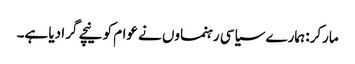
مارکر: ہمارے سیاسی رہنماوں نے عوام کو نیچے گرا دیا ہے۔